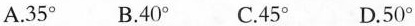
A.35° B.40° C.45° D.50°